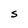
Character: S